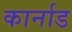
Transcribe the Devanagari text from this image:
कार्नाड